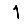
Digit: 1